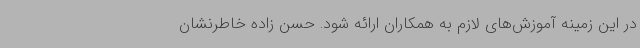
در این زمینه آموزش‌های لازم به همکاران ارائه شود. حسن زاده خاطرنشان